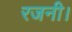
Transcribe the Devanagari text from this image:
रजनी।